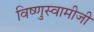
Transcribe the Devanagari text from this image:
विष्णुस्वामीजी